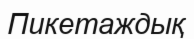
Пикетаждық